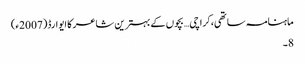
ماہنامہ ساتھی،کراچی… بچوں کے بہترین شاعر کا ایوارڈ(2007ء)
8۔